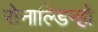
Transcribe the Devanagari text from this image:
रोनाल्डिन्हो